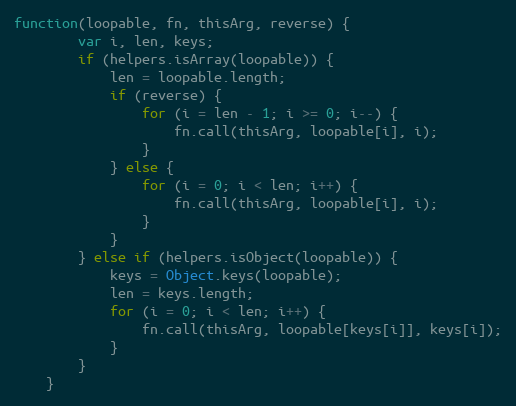
Language: JavaScript
function(loopable, fn, thisArg, reverse) {
		var i, len, keys;
		if (helpers.isArray(loopable)) {
			len = loopable.length;
			if (reverse) {
				for (i = len - 1; i >= 0; i--) {
					fn.call(thisArg, loopable[i], i);
				}
			} else {
				for (i = 0; i < len; i++) {
					fn.call(thisArg, loopable[i], i);
				}
			}
		} else if (helpers.isObject(loopable)) {
			keys = Object.keys(loopable);
			len = keys.length;
			for (i = 0; i < len; i++) {
				fn.call(thisArg, loopable[keys[i]], keys[i]);
			}
		}
	}